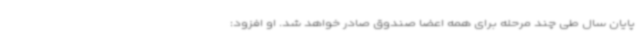
پایان سال طی چند مرحله برای همه اعضا صندوق صادر خواهد شد. او افزود: